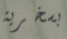
بسخرية